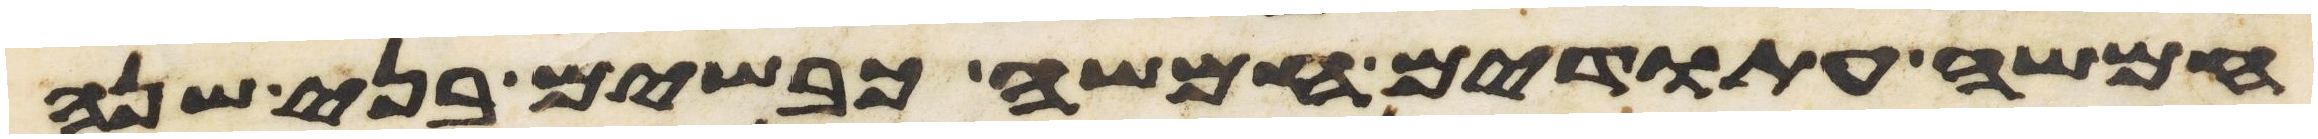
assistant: חמשה עתודים חמשה כבשים בני שנה